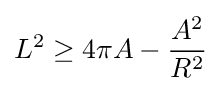
L^{2}\geq 4\pi A-{\frac {A^{2}}{R^{2}}}